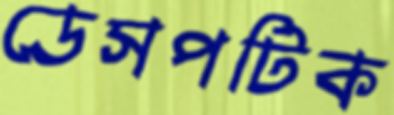
ডেসপটিক